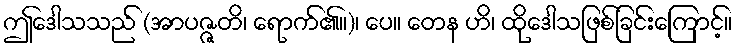
ဤဒေါသသည် (အာပဇ္ဇတိ၊ ရောက်၏။)၊ ပေ။ တေန ဟိ၊ ထိုဒေါသဖြစ်ခြင်းကြောင့်။